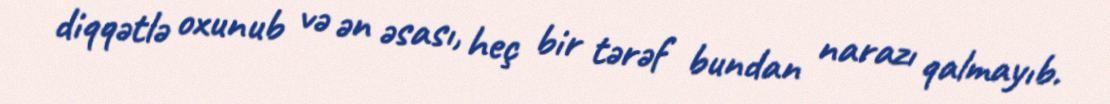
diqqətlə oxunub və ən əsası, heç bir tərəf bundan narazı qalmayıb.